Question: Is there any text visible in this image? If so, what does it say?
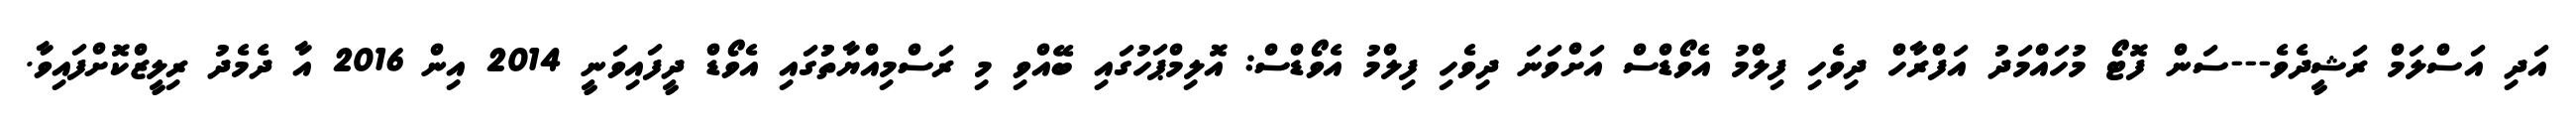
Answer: އަދި އަސްލަމް ރަޝީދެވެ---ސަން ފޮޓޯ މުހައްމަދު އަފްރާހް ދިވެހި ފިލްމު އެވޯޑްސް އަށްވަނަ ދިވެހި ފިލްމު އެވޯޑްސް: އޮލިމްޕަހުގައި ބޭއްވި މި ރަސްމިއްޔާތުުގައި އެވޯޑް ދީފައިވަނީ 2014 އިން 2016 އާ ދެމެދު ރިލީޒްކޮށްފައިވާ.